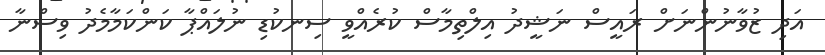
އަދި ޒުވާނުންނަށް ރައީސް ނަޝީދު އިލްތިމާސް ކުރެއްވީ ސިނކުޑި ނުލައްޕާ ކަންކަމާމެދު ވިސްނާ